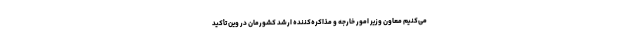
می‌کنیم معاون وزیر امور خارجه و مذاکره‌کننده ارشد کشورمان در وین تأکید